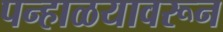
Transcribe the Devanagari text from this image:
पन्हाळयावरून